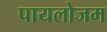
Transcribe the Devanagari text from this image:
पायलोजम